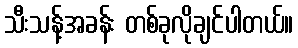
သီးသန့်အခန်း တစ်ခုလိုချင်ပါတယ်။